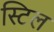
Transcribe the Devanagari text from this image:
स्‍टिल